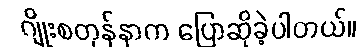
ဂျိုးစတုန်နာက ပြောဆိုခဲ့ပါတယ်။